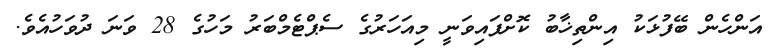
އަންހެން ބޭފުޅަކު އިންތިޚާބު ކޮށްފައިވަނީ މިއަހަރުގެ ސެޕްޓެމްބަރު މަހުގެ 28 ވަނަ ދުވަހުއެވެ.